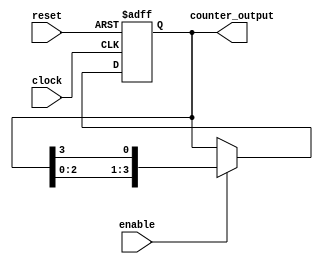
module ring_counter_with_enable (
    input wire clock,
    input wire reset,
    input wire enable,
    output reg [3:0] counter_output
);

always @(posedge clock or posedge reset) begin
    if (reset) begin
        counter_output <= 4'b0001; // Initialize counter to 0001
    end else if (enable) begin
        counter_output <= {counter_output[2:0], counter_output[3]}; // Shift left the counter value
    end
end

endmodule